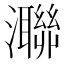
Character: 㶌